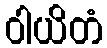
ဝါယိတံ